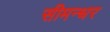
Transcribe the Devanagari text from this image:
सीमन्धर